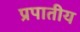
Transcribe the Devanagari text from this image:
प्रपातीय